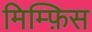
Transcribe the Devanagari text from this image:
मिम्फ़िस